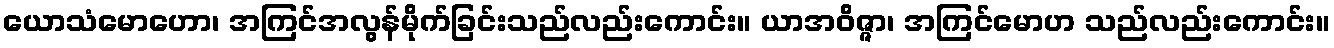
ယောသံမောဟော၊ အကြင်အလွန်မိုက်ခြင်းသည်လည်းကောင်း။ ယာအဝိဇ္ဇာ၊ အကြင်မောဟ သည်လည်းကောင်း။